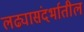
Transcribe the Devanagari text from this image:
लढ्यासंदर्भातील